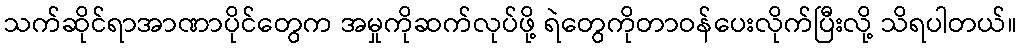
သက်ဆိုင်ရာအာဏာပိုင်တွေက အမှုကိုဆက်လုပ်ဖို့ ရဲတွေကိုတာဝန်ပေးလိုက်ပြီးလို့ သိရပါတယ်။